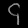
Digit: ၄